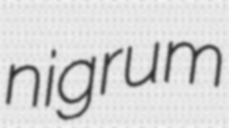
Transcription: nigrum